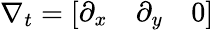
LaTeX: \nabla_{t}=\left[\begin{array}{lll}{\partial_{x}}&{\partial_{y}}&{0}\end{array}\right]